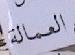
العمالة